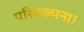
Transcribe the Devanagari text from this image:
परिकल्पना।